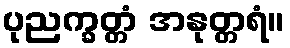
ပုညက္ခတ္တံ အနုတ္တရံ။